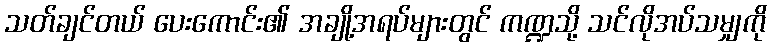
သတ်ချင်တယ် ပေးကောင်း၏ အချို့အရပ်များတွင် ကဏ္ဍသို့ သင်လိုအပ်သမျှကို